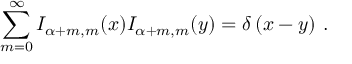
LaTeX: \sum _ { m = 0 } ^ { \infty } I _ { \alpha + m , m } ( x ) I _ { \alpha + m , m } ( y ) = \delta \left( x - y \right) \, .